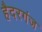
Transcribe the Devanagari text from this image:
हैदरगंज